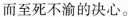
而至死不渝的决心。